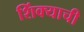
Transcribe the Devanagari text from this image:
शिंक्याची